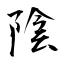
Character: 陰